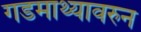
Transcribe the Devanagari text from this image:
गडमाथ्यावरुन